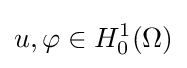
u,\varphi \in H_{0}^{1}(\Omega )